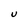
Character: U